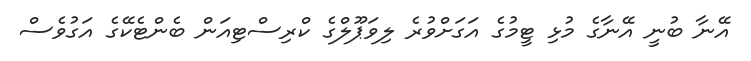
އޭނާ ބުނީ އޭނާގެ މުޅި ޓީމުގެ އަގަށްވުރެ ލިވަޕޫލްގެ ކްރިސްޓިއަން ބެންޓެކޭގެ އަގުވެސް